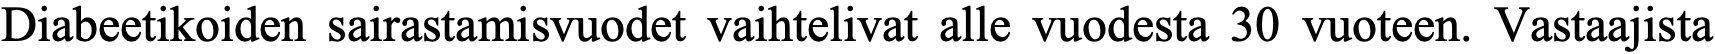
Diabeetikoiden sairastamisvuodet vaihtelivat alle vuodesta 30 vuoteen. Vastaajista